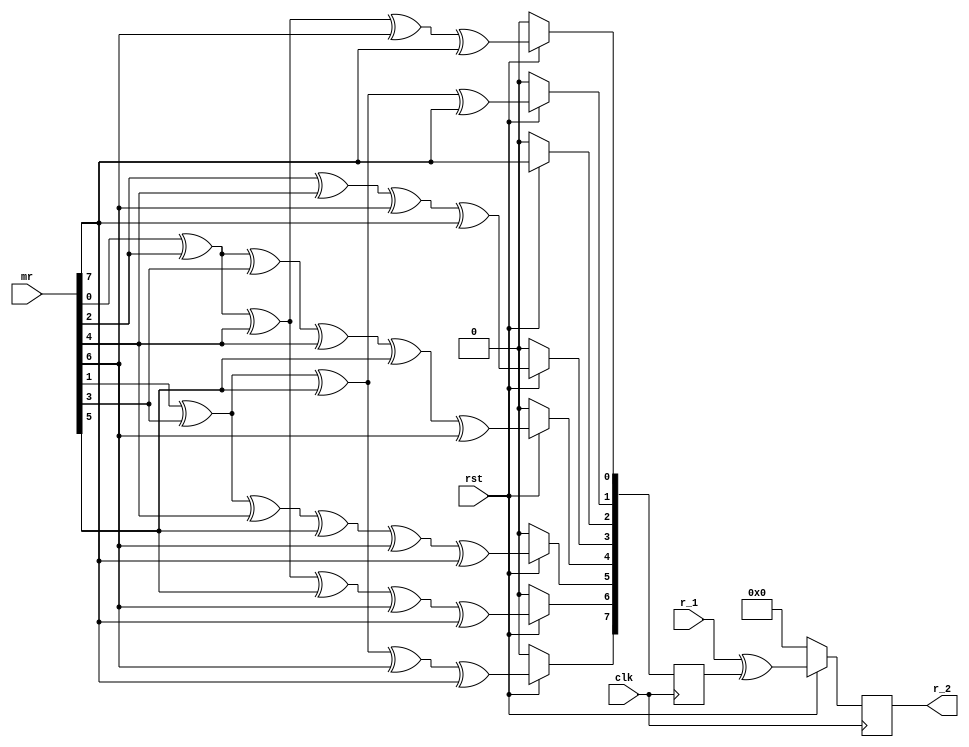
`timescale 1ns / 1ps


module mux_2(
    input clk,
	 input rst,
	 input[7:0] r_1,
	 input[7:0] mr,
	 output[7:0] r_2
    );
	 
 wire[7:0] a_2;
 reg[7:0] g_2; 
 reg[7:0] r2;

 assign a_2 = mr; 
 
 always @(posedge clk)                            //g2m+r
  begin
  if(!rst)
   begin
	g_2<=0;
	r2<=0;
	end
  else
	begin
    g_2[0]<=a_2[0]^a_2[2]^a_2[4]^a_2[6]^a_2[7];	
	 g_2[1]<=a_2[1]^a_2[3]^a_2[5]^a_2[7];	
	 g_2[2]<=a_2[7];	
    g_2[3]<=a_2[2]^a_2[4]^a_2[6]^a_2[7];	
    g_2[4]<=a_2[0]^a_2[2]^a_2[3]^a_2[4]^a_2[5]^a_2[6];	
	 g_2[5]<=a_2[1]^a_2[3]^a_2[4]^a_2[5]^a_2[6]^a_2[7];	
	 g_2[6]<=a_2[0]^a_2[2]^a_2[4]^a_2[5]^a_2[6]^a_2[7];	
	 g_2[7]<=a_2[1]^a_2[3]^a_2[5]^a_2[6]^a_2[7];
	 r2 <= r_1^g_2;
	end
 end

 assign r_2 = r2;
 
endmodule